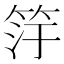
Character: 𬔿